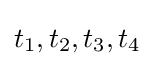
t_{1},t_{2},t_{3},t_{4}